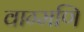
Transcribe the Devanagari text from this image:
वाग्मणि